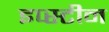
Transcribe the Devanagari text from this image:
इप्स्टीन